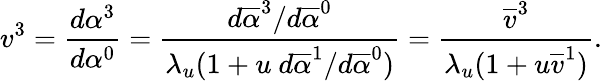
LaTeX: v^{3}=\frac{d\alpha^{3}}{d\alpha^{0}}=\frac{d\overline{{\alpha}}^{3}/d\overline{{\alpha}}^{0}}{\lambda_{u}(1+u\mathrm{~}d\overline{{\alpha}}^{1}/d\overline{{\alpha}}^{0})}=\frac{\overline{{v}}^{3}}{\lambda_{u}(1+u\overline{{v}}^{1})}.